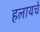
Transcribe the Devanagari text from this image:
हलायचे